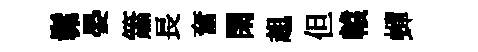
髴晏簫長奮閑趄但轅蟬